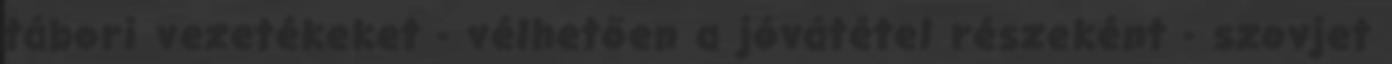
tábori vezetékeket - vélhetően a jóvátétel részeként - szovjet